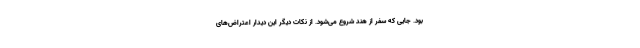
بود. جایی که سفر از هند شروع می‌شود. از نکات دیگر این دیدار اعتراض‌های